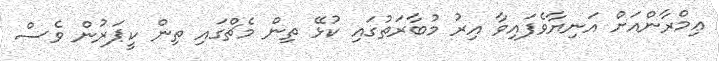
ޢިމްރާންއަށް އަނިޔާވެފައިވާ އިރު މުބާރަތުގައި ކުޅޭ ތިން މެޗްގައި ތިން ކީޕަރުން ވެސް